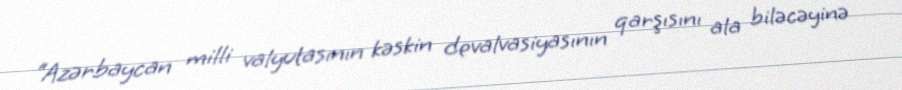
“Azərbaycan milli valyutasının kəskin devalvasiyasının qarşısını ala biləcəyinə